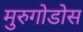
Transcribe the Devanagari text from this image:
मुरुगोडोस